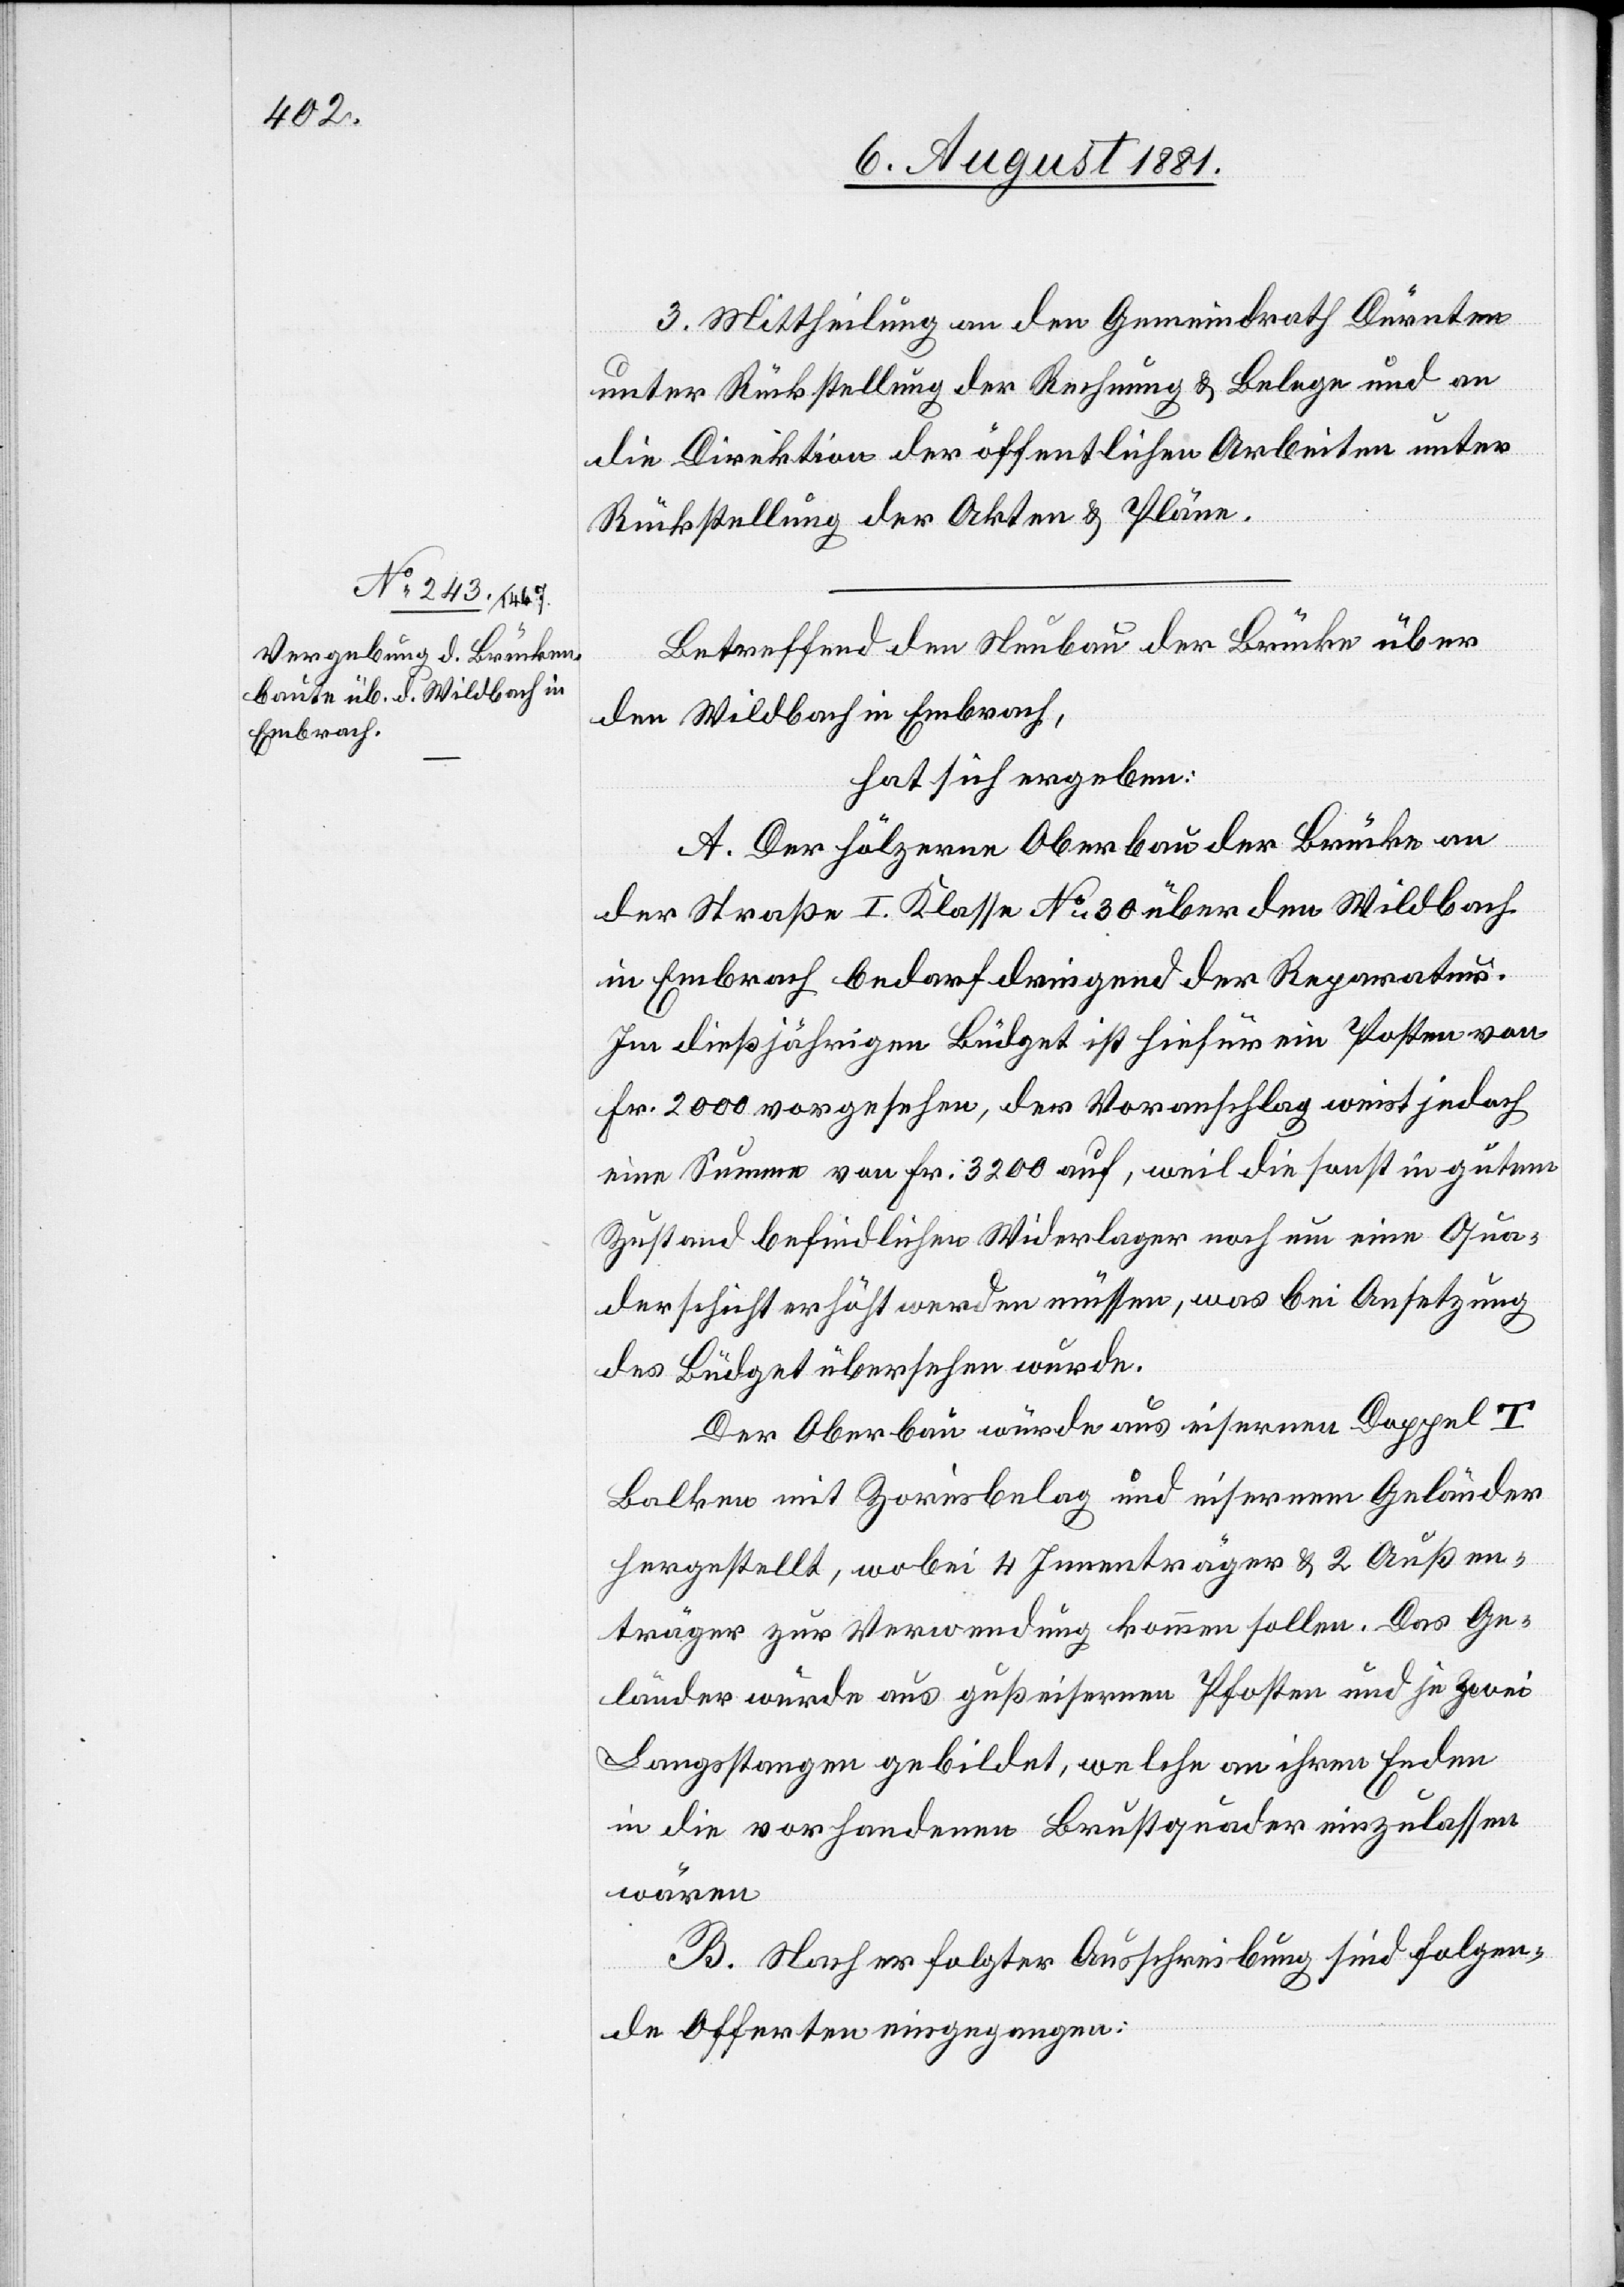
3. Mittheilung an den Gemeindrath Dürnten
unter Rückstellung der Rechnung & Belege und an
die Direktion der öffentlichen Arbeiten unter
Rückstellung der Akten & Pläne.
Betreffend den Neubau der Brücke über
den Wildbach in Embrach,
hat sich ergeben:
A. Der hölzerne Oberbau der Brücke an
der Straße I. Klasse No 30 über den Wildbach
in Embrach bedarf dringend der Reparatur.
Im dießjährigen Büdget ist hiefür ein Posten von
Fr. 2000 vorgesehen, der Voranschlag weist jedoch
eine Summe von Fr. 3200 auf, weil die sonst in gutem
Zustand befindlichen Widerlager noch um eine Qua¬
derschicht erhöht werden müssen, was bei Ansetzung
des Büdget übersehen wurde.
Der Oberbau wurde aus eisernen Doppel T
Balken mit Zorisbelag und eisernem Geländer
hergestellt, wobei 4 Innenträger & 2 Außen¬
geländer zur Verwendung kommen sollen. Das Ge¬
länder wurde aus gußeisernen Pfosten und je zwei
Langstangen gebildet, welche an ihren Enden
in die vorhandenen Brustquader einzulassen
B. Nach erfolgter Ausschreibung sind folgen¬
de Offerten eingegangen: